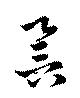
譽